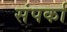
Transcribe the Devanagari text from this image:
संपर्का